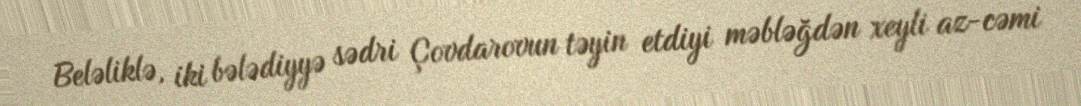
Beləliklə, iki bələdiyyə sədri Çovdarovun təyin etdiyi məbləğdən xeyli az-cəmi